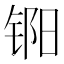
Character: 𬭏